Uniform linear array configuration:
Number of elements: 12
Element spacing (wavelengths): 0.5
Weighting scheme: hamming
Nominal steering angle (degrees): -45
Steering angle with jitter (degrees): -46.861
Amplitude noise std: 0.05
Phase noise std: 0.05

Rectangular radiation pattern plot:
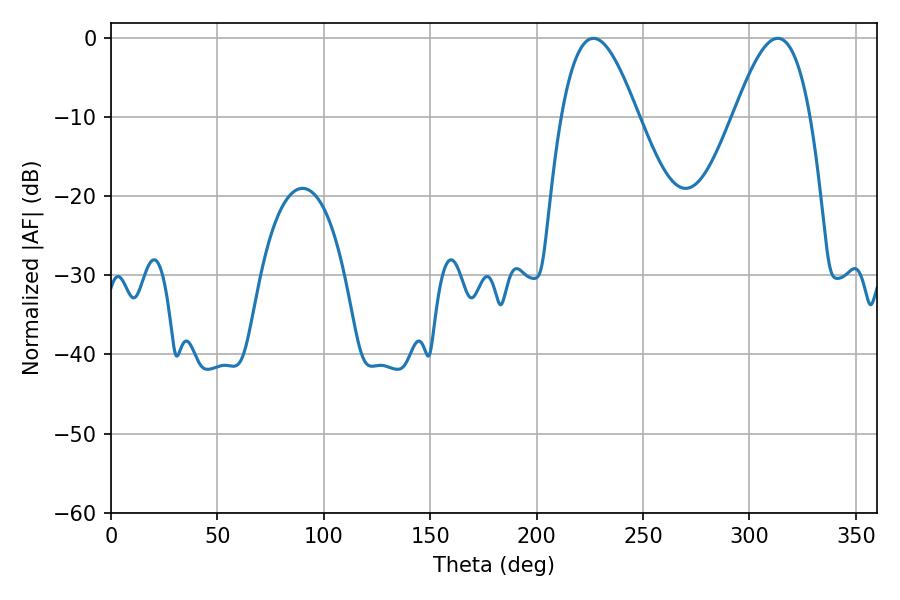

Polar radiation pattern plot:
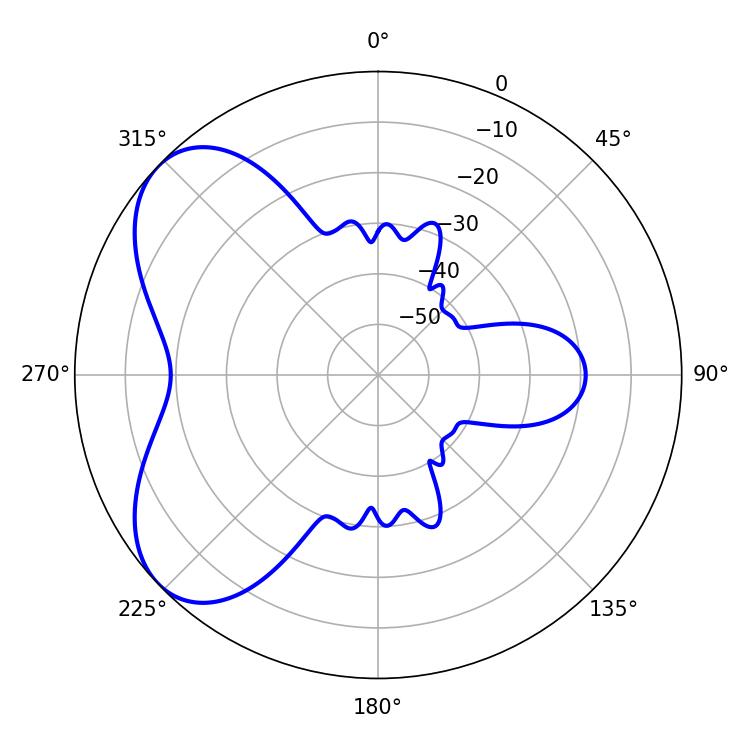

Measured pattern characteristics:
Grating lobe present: FALSE
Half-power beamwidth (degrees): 19.62
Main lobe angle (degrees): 313.38